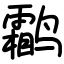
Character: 鹴